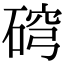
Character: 𥓰